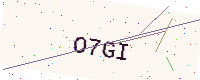
Text: O7GI